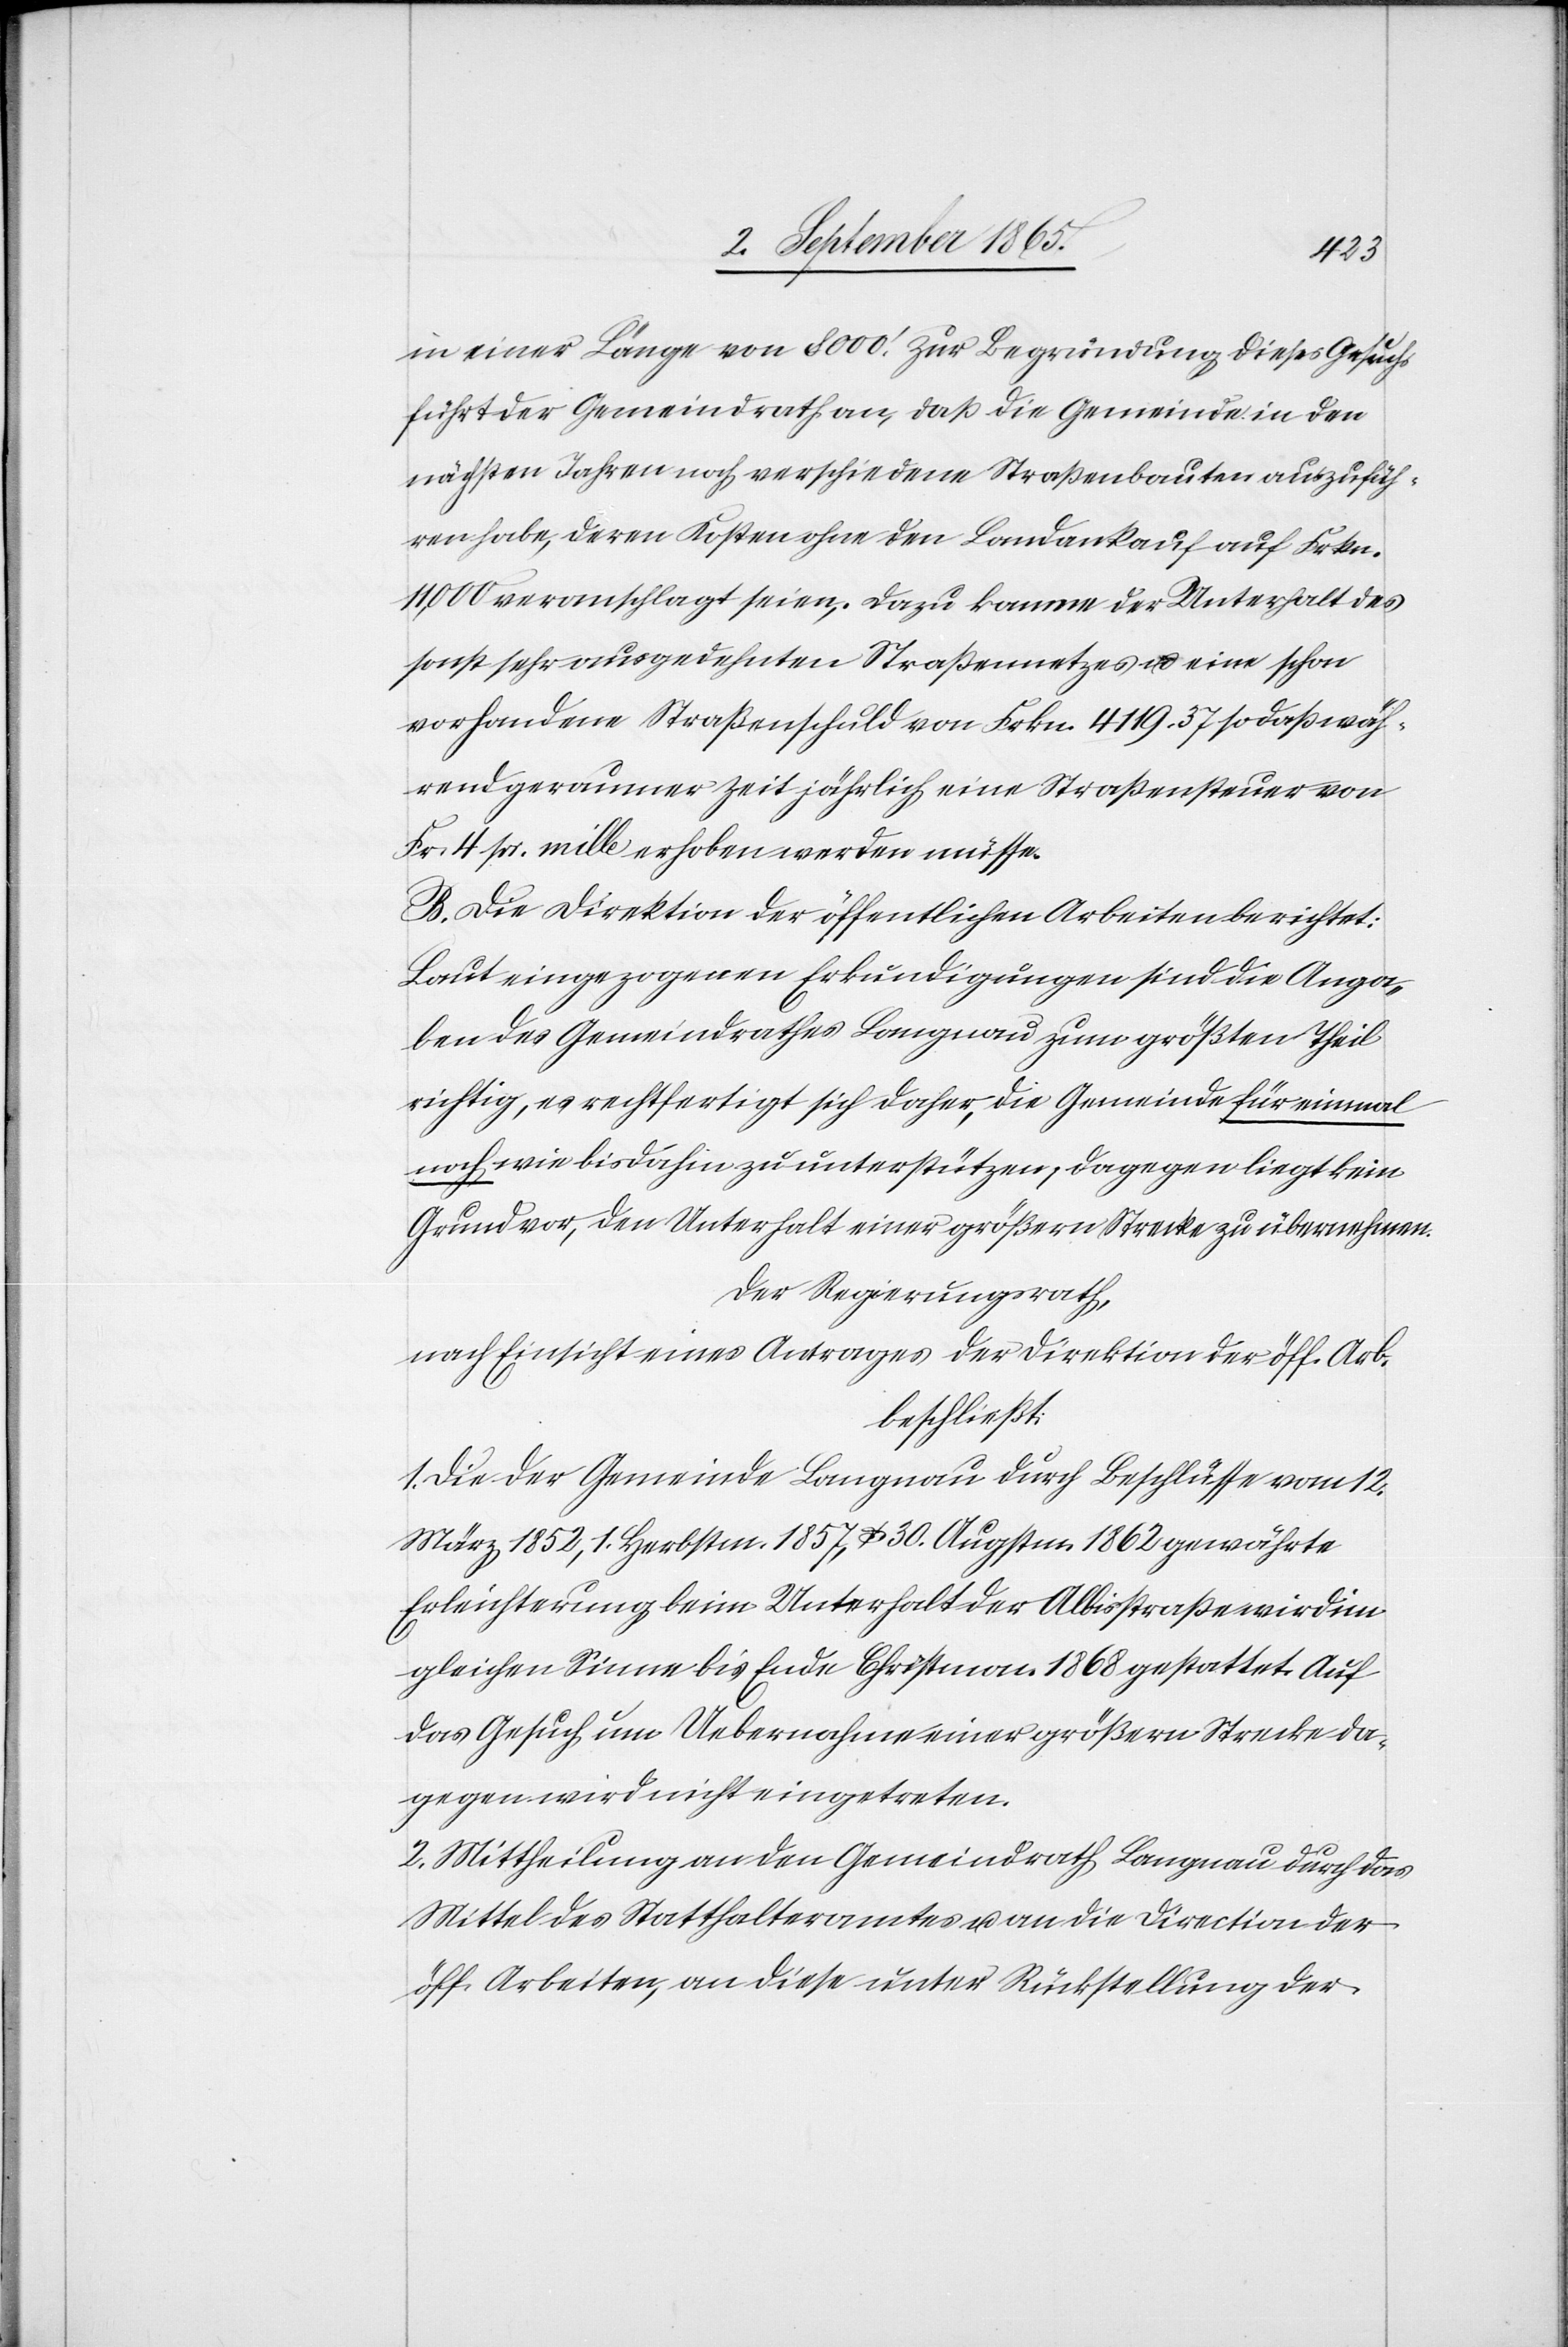
in einer Länge von 8000’. Zur Begründung dieses Gesuchs
führt der Gemeindrath an, daß die Gemeinde in den
nächsten Jahren noch verschiedene Straßenbauten auszufüh¬
ren habe, deren Kosten ohne den Landankauf auf Frkn.
11,000 veranschlagt seien. Dazu komme der Unterhalt des
sonst sehr ausgedehnten Straßennetzes u. eine schon
vorhandene Straßenschuld von Frkn. 4113. 37 so daß wäh¬
rend geraumer Zeit jährlich eine Straßensteuer von
Fr. 4 pr. mille erhoben werden müsse.
B. Die Direktion der öffentlichen Arbeiten berichtet:
Laut eingezogenen Erkundigungen sind die Anga¬
ben des Gemeindrathes Langnau zum größten Theil
richtig, es rechtfertigt sich daher, die Gemeinde für einmal
noch wie bis dahin zu unterstützen, dagegen lieg kein
Grund vor, den Unterhalt einer größern Strecke zu übernehmen.
Der Regierungsrath,
nach Einsicht eines Antrages der Direktion der öff. Arb.
beschließt:
1. Die der Gemeinde Langnau durch Beschlusse vom 12.
März 1852, 1. Herbstm. 1857, u. 30. Augstm. 1862 gewährte
Erleichterung beim Unterhalt der Albisstraße wird im
gleichen Sinne bis Ende Christm. 1868 gestattet. Auf
das Gesuch um Uebernahme einer größern Strecke da¬
gegen wird nicht eingetreten.
2. Mittheilung an den Gemeindrath Langnau durch das
Mittel des Statthalteramtes u. an die Direction der
öff. Arbeiten, an diese unter Rückstellung der